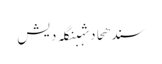
سندھحادثہبنگلہ دیش